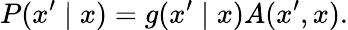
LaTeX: P(x^{\prime}\mid x)=g(x^{\prime}\mid x)A(x^{\prime},x).